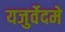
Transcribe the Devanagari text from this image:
यजुर्वेदमे